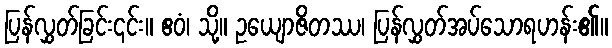
ပြန်လွှတ်ခြင်း၎င်း။ ဧဝံ၊ သို့။ ဥယျောဇိတဿ၊ ပြန်လွှတ်အပ်သောရဟန်း၏။